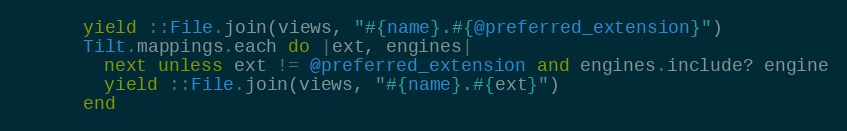
Language: Ruby
      yield ::File.join(views, "#{name}.#{@preferred_extension}")
      Tilt.mappings.each do |ext, engines|
        next unless ext != @preferred_extension and engines.include? engine
        yield ::File.join(views, "#{name}.#{ext}")
      end